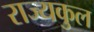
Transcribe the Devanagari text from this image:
राज्यकुल